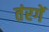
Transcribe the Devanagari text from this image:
तंरगें